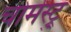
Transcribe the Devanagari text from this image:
चोमेस्ट्रु